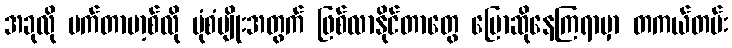
အခုလို မက်တာဗာ့စ်လို ပုံစံမျိုးအတွက် ဖြစ်လာနိုင်တာတွေ ပြောဆိုနေကြရာမှာ တကယ်တမ်း